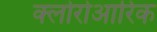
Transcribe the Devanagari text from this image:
क्लोरोआरिक